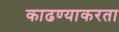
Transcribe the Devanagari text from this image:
काढण्याकरता